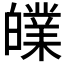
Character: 𤾧